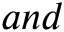
a n d